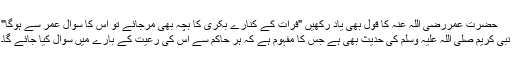
حضرت عمررضی اللہ عنہ کا قول بھی یاد رکھیں "فرات کے کنارے بکری کا بچہ بھی مرجائے تو اس کا سوال عمر سے ہوگا"
نبی کریم صلی اللہ علیہ وسلم کی حدیث بھی ہے جس کا مفہوم ہے کہ ہر حاکم سے اس کی رعیت کے بارے میں سوال کیا جائے گا۔